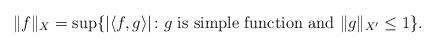
LaTeX: \begin{align*}\|f\|_X=\sup\{|\langle f,g\rangle|\colon g {\rm \ is\ simple\ function\ and\ } \|g\|_{X'}\le 1\}.\end{align*}